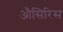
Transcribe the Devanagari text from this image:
औसिरिस